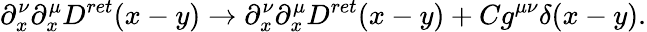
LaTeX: \partial_{x}^{\nu}\partial_{x}^{\mu}D^{ret}(x-y)\rightarrow\partial_{x}^{\nu}\partial_{x}^{\mu}D^{ret}(x-y)+Cg^{\mu\nu}\delta(x-y).